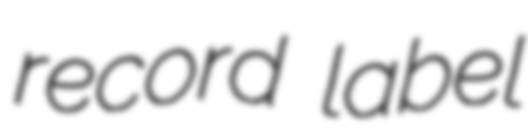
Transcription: record label